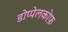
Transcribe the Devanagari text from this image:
डोप्पेलकोफ़